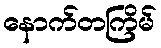
နောက်တကြိမ်